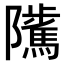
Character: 𨽥